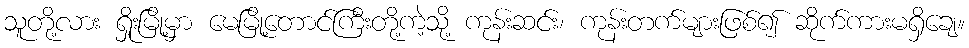
သူတို့လား ရှိုးမြို့မှာ မေမြို့တောင်ကြီးတို့ကဲ့သို့ ကုန်းဆင်း၊ ကုန်းတက်များဖြစ်၍ ဆိုက်ကားမရှိချေ။